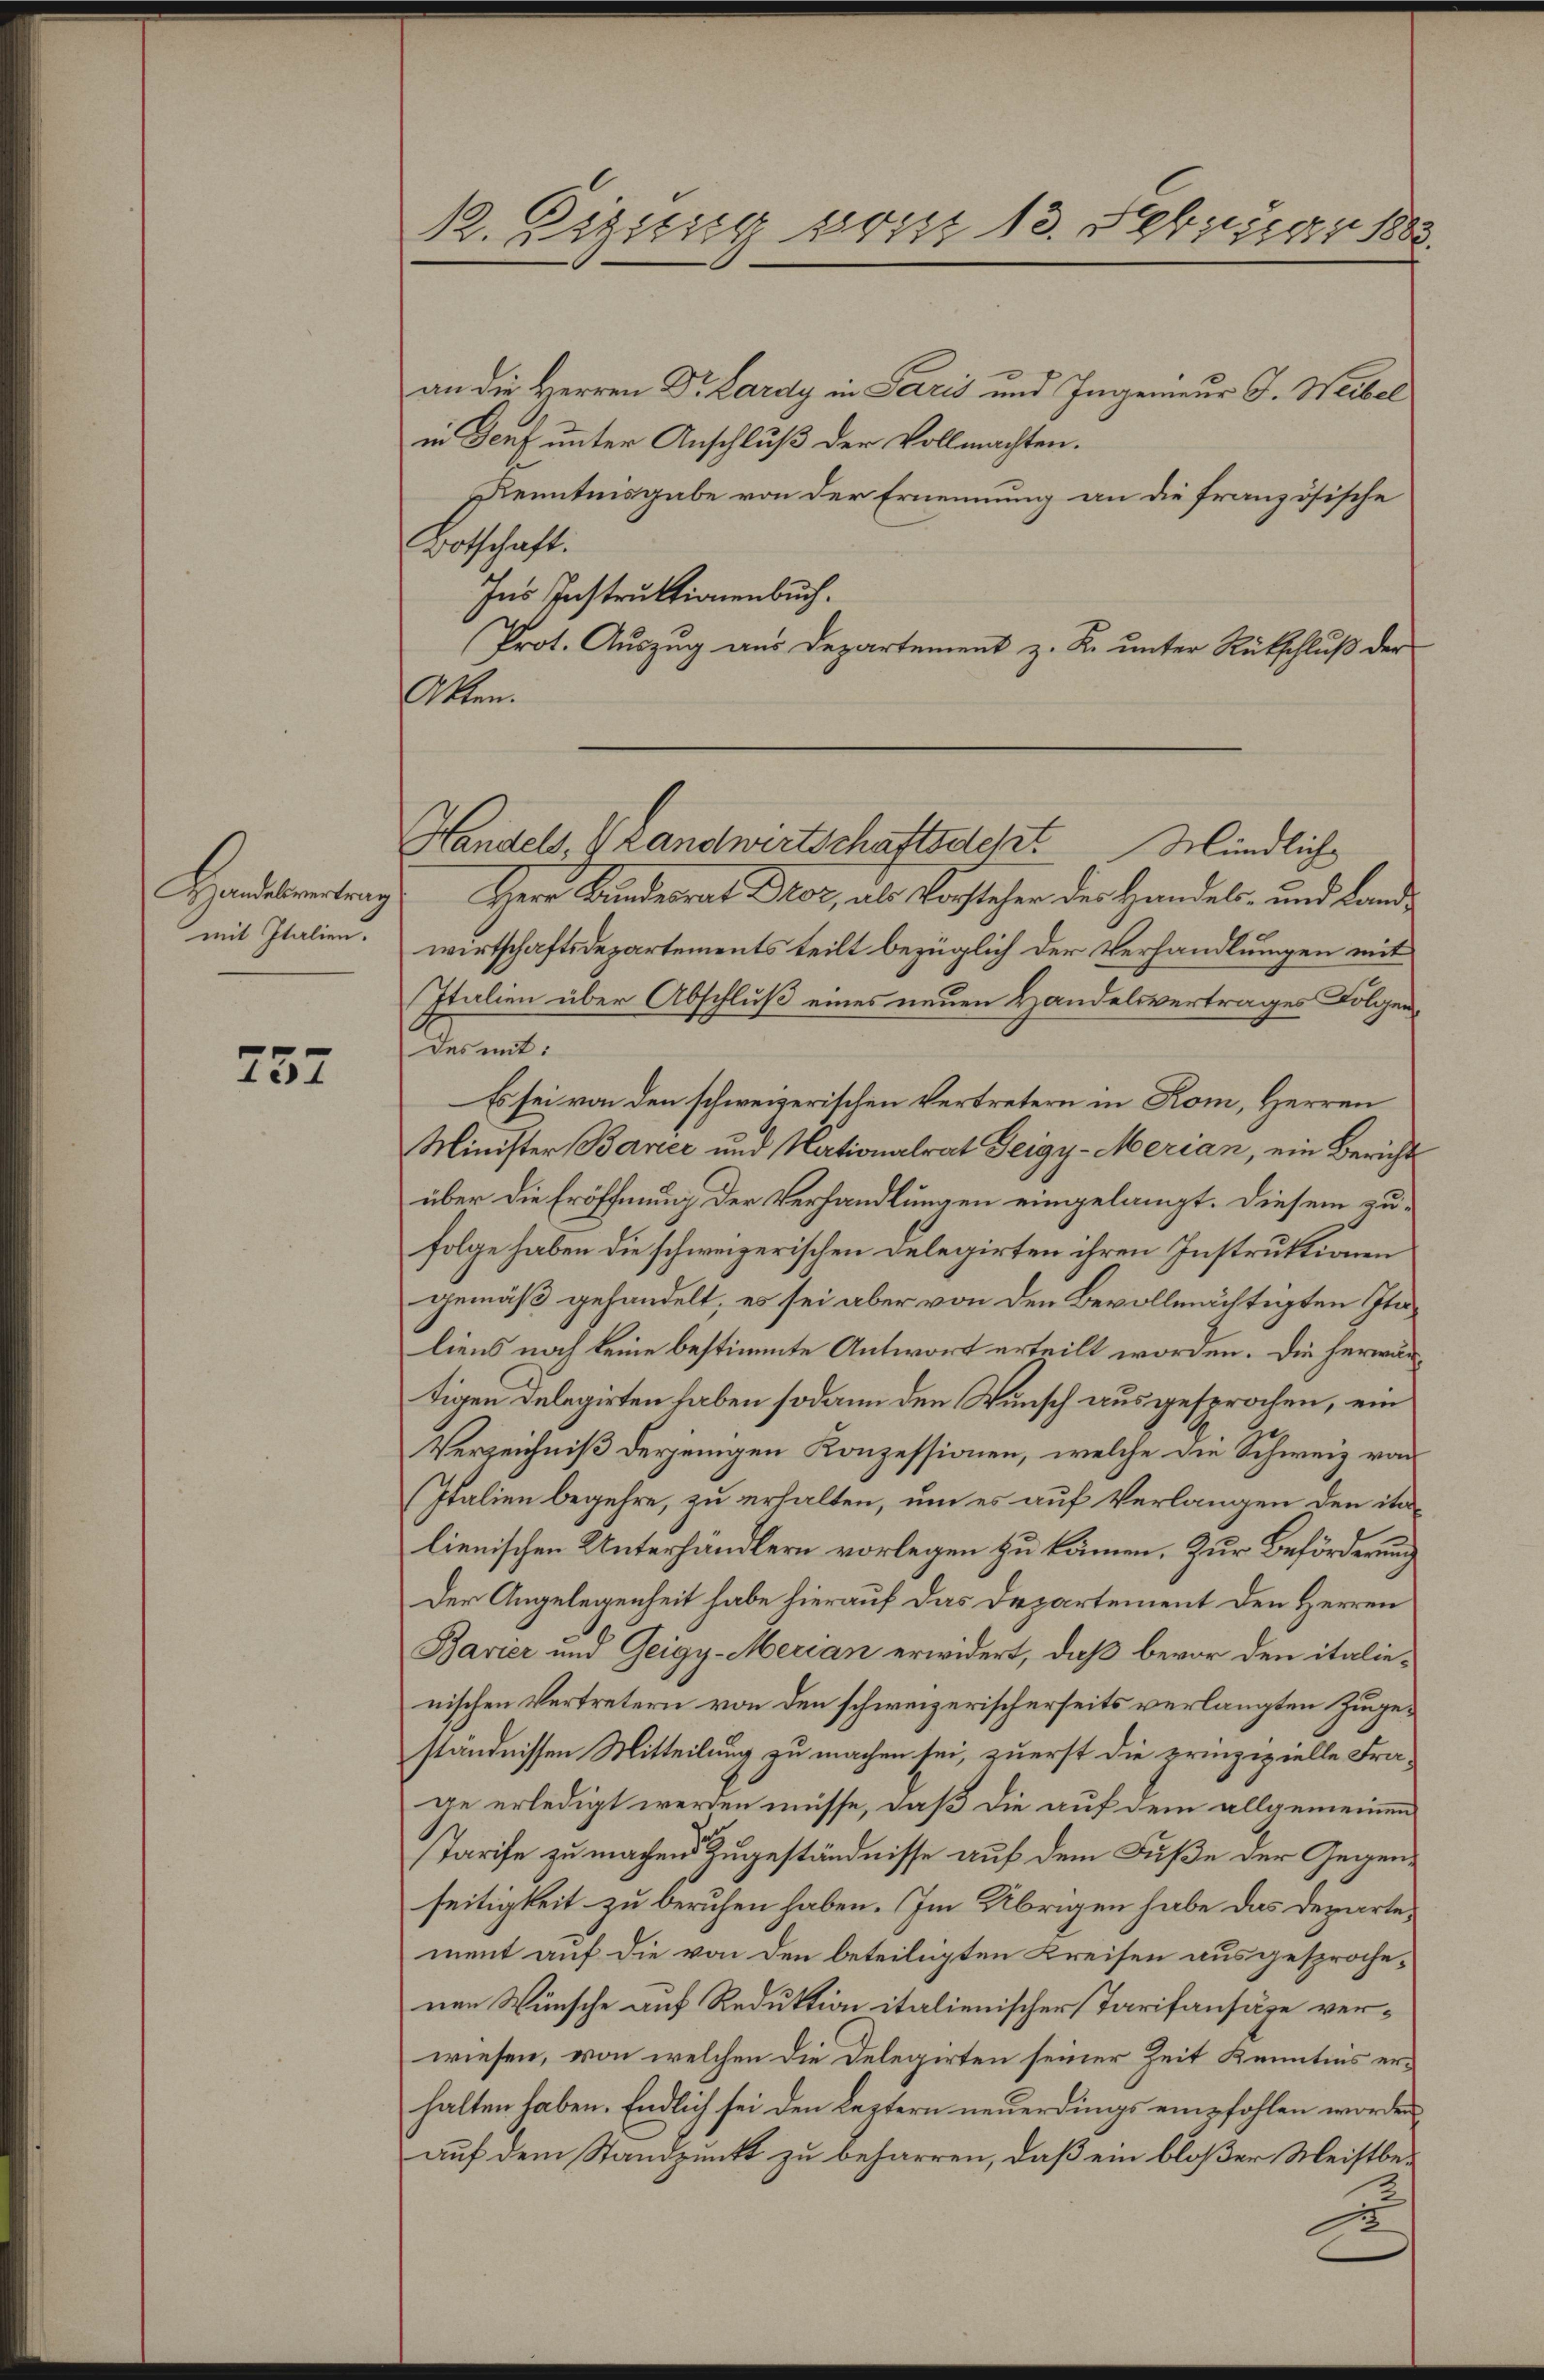
mit Italien.

257

12. Digung von 13. Februar 1883.

an die Herren Dr. Lardy in Paris und Ingenieur J. Weibel
in Genf unter Anschluß der Vollmachten.
Kenntnisgabe von der Ernennung an die französische
Botschaft.
Ins Instruktionenbuch.
Prot. Auszug aus Departement z. K. unter Rütschluß der
Akten.
Handesvertes Herr Bundesrat Dor, als Vorstehen der Handels- und Lande
wirtschaftsdepartements teilt bezüglich der Verhandlungen mit
Italien über Abschluß eines neuen Handelsvertrages Folgenaren.
Es sei von den schweizerischen Vertretern in Rom, Herren
Minister Baner und Nationalrat Zeigy-Merian, ein Bericht
über die Eröffnung der Verhandlungen eingelangt. Diesem zufolge haben die schweizerischen Delegirten ihren Instruktionen
gemäß gehandelt, es sei aber von den Bevollmächtigten Italiens noch keine bestimmte Antwort erteilt worden. Die herwärtigen Delegirten haben sodann den Wunsch ausgesprochen, ein
Verzeichniß derjenigen Konzessionen, welche die Schweiz von
Italien begehre, zu erhalten, um es auf Verlangen den italienischen Unterhändlern vorlegen zu können. Zur Beförderung
Der Angelegenheit habe hierauf das Departement den Herren
Bavier und Geigy-Merian erwidert, daß bevor den italienischen Vertretern von den schweizerischerseits verlangten Zinggeständnissen Mitteilung zu machen sei, zuerst die prinzipielle Fra-
ge erledigt werden müsse, daß die auf dem allgemeinen
Tarife zu machen Zugeständnisse auf dem Fuße der Gegenseitigkeit zu beruhen haben. Im Übrigen habe das Departement auf die von den beteiligten Kreisen ausgesprochenen Wünsche auf Reduktion italienischer Tarifansähe verwiesen, von welchen die Delegirten seiner Zeit Kenntnis erhalten haben. Endlich sei den Leztern neuerdings empfohlen worden
auf dem Standpunkt zu beharren, daß ein bloßer Meistbe¬
D

Handels, 4 Landwirtschaftsdest Mündliche